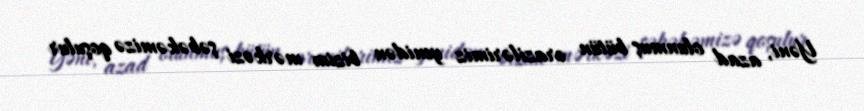
Yəni, azad olunmuş bütün ərazilərimiz yenidən bizim mərkəzi şəbəkəmizə qoşulur